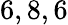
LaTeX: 6,8,6